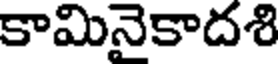
కామినైకాదశి